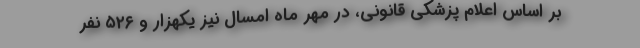
بر اساس اعلام پزشکی قانونی، در مهر ماه امسال نیز یکهزار و ۵۲۶ نفر